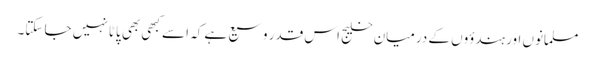
مسلمانوں اور ہندؤوں کے درمیان خلیج اس قدر وسیع ہے کہ اسے کبھی بھی پاٹا نہیں جا سکتا۔